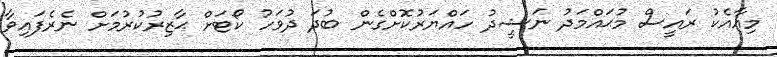
މިއާއެކު ރައީސް މުޙައްމަދު ނަޝީދު ހައްޔަރުކޮށްގެން ބުދަ ދުވަހު ކޯޓަށް ޙާޒިރުކުރުމަށް ނެރެފައިވާ